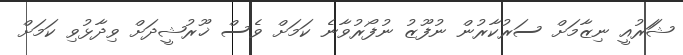
ޝަަރުއީ ނިޒާމަށް ސަރުކާރުން ނުފޫޒު ނުފޯރުވާނެ ކަމަށް ވެސް ޚޫރުޝީދަށް ވިދާޅުވި ކަމަށް